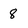
Character: 8